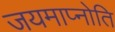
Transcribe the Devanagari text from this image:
जयमाप्नोति